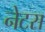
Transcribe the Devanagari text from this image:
नेटस